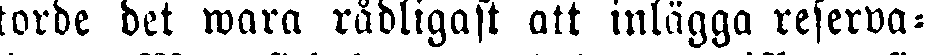
torde det wara rådligast att inlägga reserva-